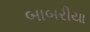
બાબરીયા